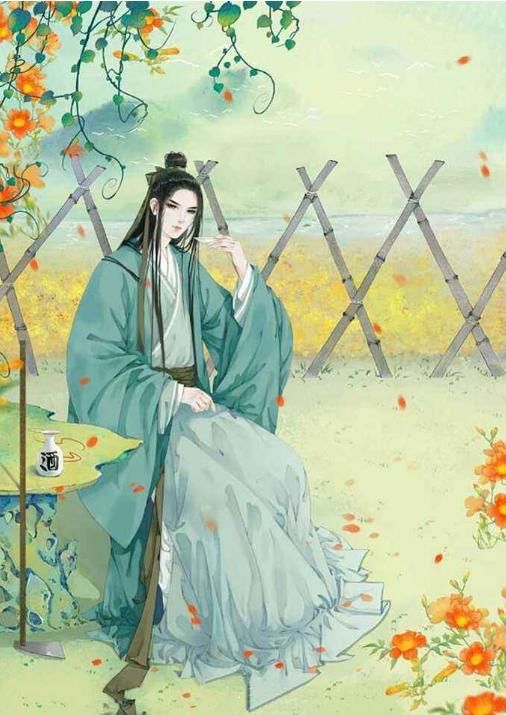
登鸾车，侍轩辕，遨游青天中，其乐不可言。